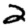
Digit: 2